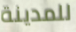
للمدينة